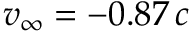
v _ { \infty } = - 0 . 8 7 \, c